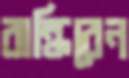
রান্ধিবেন